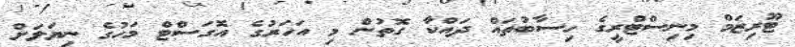
ޓޫރިޒަމް މިނިސްޓްރީގެ ހިސާބުތައް ދައްކާ ގޮތުން މި އަހަރުގެ އޮގަސްޓް މަހުގެ ނިޔަލަށް